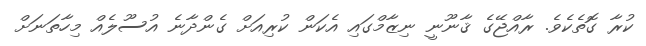
ކުރާ ގޮތެކެވެ. ރާއްޖޭގެ ޤާނޫނީ ނިޒާމްގައި އެކަން ކުރިއަށް ގެންދާނެ އުސޫލެއް މިހާތަނަށް